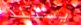
يستند